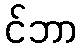
င်ဘာ